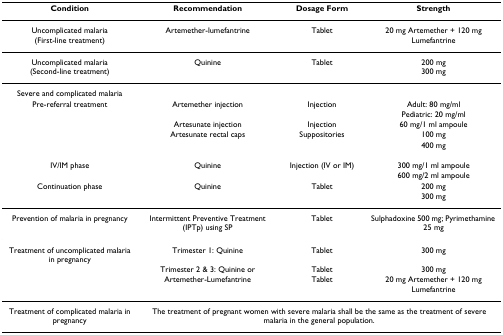
| Condition | Recommendation | Dosage Form | Strength |
 | --- | --- | --- | --- |
 | Uncomplicated malaria (First-line treatment) | Artemether-lumefantrine | Tablet | 20 mg Artemether + 120 mg Lumefantrine |
 | Uncomplicated malaria (Second-line treatment) | Quinine | Tablet | 200 mg300 mg |
 | Severe and complicated malaria |  |  |  |
 | Pre-referral treatment | Artemether injection | Injection | Adult: 80 mg/ml |
 |  |  |  | Pediatric: 20 mg/ml |
 |  | Artesunate injection | Injection | 60 mg/1 ml ampoule |
 |  | Artesunate rectal caps | Suppositories | 100 mg |
 |  |  |  | 400 mg |
 | IV/IM phase | Quinine | Injection (IV or IM) | 300 mg/1 ml ampoule |
 |  |  |  | 600 mg/2 ml ampoule |
 | Continuation phase | Quinine | Tablet | 200 mg |
 |  |  |  | 300 mg |
 | Prevention of malaria in pregnancy | Intermittent Preventive Treatment (IPTp) using SP | Tablet | Sulphadoxine 500 mg; Pyrimethamine 25 mg |
 | Treatment of uncomplicated malaria in pregnancy | Trimester 1: Quinine | Tablet | 300 mg |
 |  | Trimester 2 & 3: Quinine or | Tablet | 300 mg |
 |  | Artemether-Lumefantrine | Tablet | 20 mg Artemether + 120 mg Lumefantrine |
 | Treatment of complicated malaria in pregnancy | <COLSPAN=3> The treatment of pregnant women with severe malaria shall be the same as the treatment of severe malaria in the general population. |